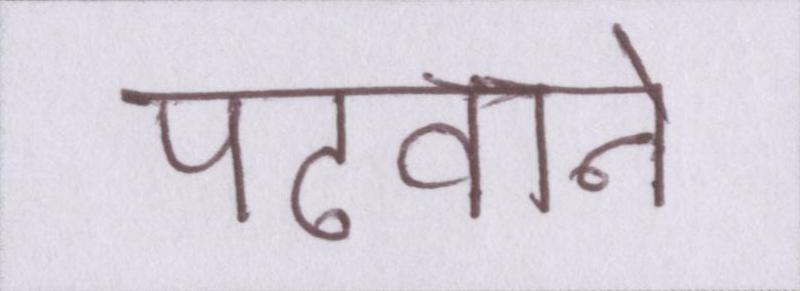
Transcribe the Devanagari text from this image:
पढवाने